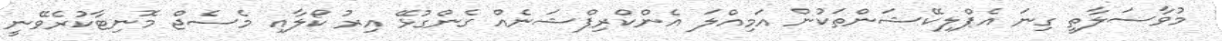
މުވާސަލާތީ ގިނަ އެޕްލިކޭޝަންތަކުން އަމިއްލަ އެންކްރިޕްޝަނެއް ގެންގުޅޭ އިރު ކޯލާއި މެސެޖް މޮނިޓާކުރެވޭނީ